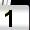
Digit: 1